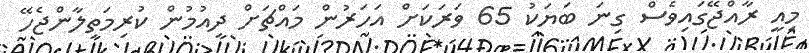
މިއީ ރާއްޖޭގައިވެސް ގިނަ ބަޔަކު 65 ވަރަކަށް އަހަރުން މައްޗަށް ދިއުމުން ކުރިމަތިލާންޖެހޭ